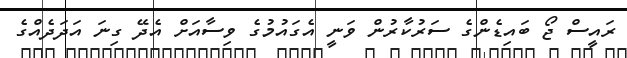
ރައީސް ޖޯ ބައިޑެންގެ ސަރުކާރުން ވަނީ އެގައުމުގެ ވިސާއަށް އެދޭ ގިނަ އަދަދެއްގެ